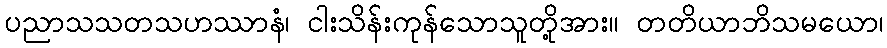
ပညာသသတသဟဿာနံ၊ ငါးသိန်းကုန်သောသူတို့အား။ တတိယာဘိသမယော၊